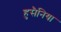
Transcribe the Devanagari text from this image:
हुसैनिया